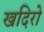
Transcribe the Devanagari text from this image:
खदिरो